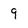
Character: 9